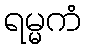
ရမ္မကံ